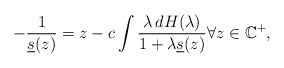
\begin{align*}-\frac{1}{\underline{s}(z)}=z-c\int\frac{\lambda \,dH(\lambda)}{1+\lambda\underline{s}(z)}\forall z\in\mathbb{C}^{+},\end{align*}